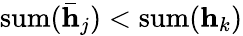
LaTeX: \textrm{sum}(\bar{\textbf{h}}_{j})<\textrm{sum}(\textbf{h}_{k})